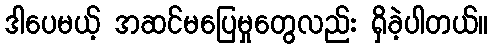
ဒါပေမယ့် အဆင်မပြေမှုတွေလည်း ရှိခဲ့ပါတယ်။